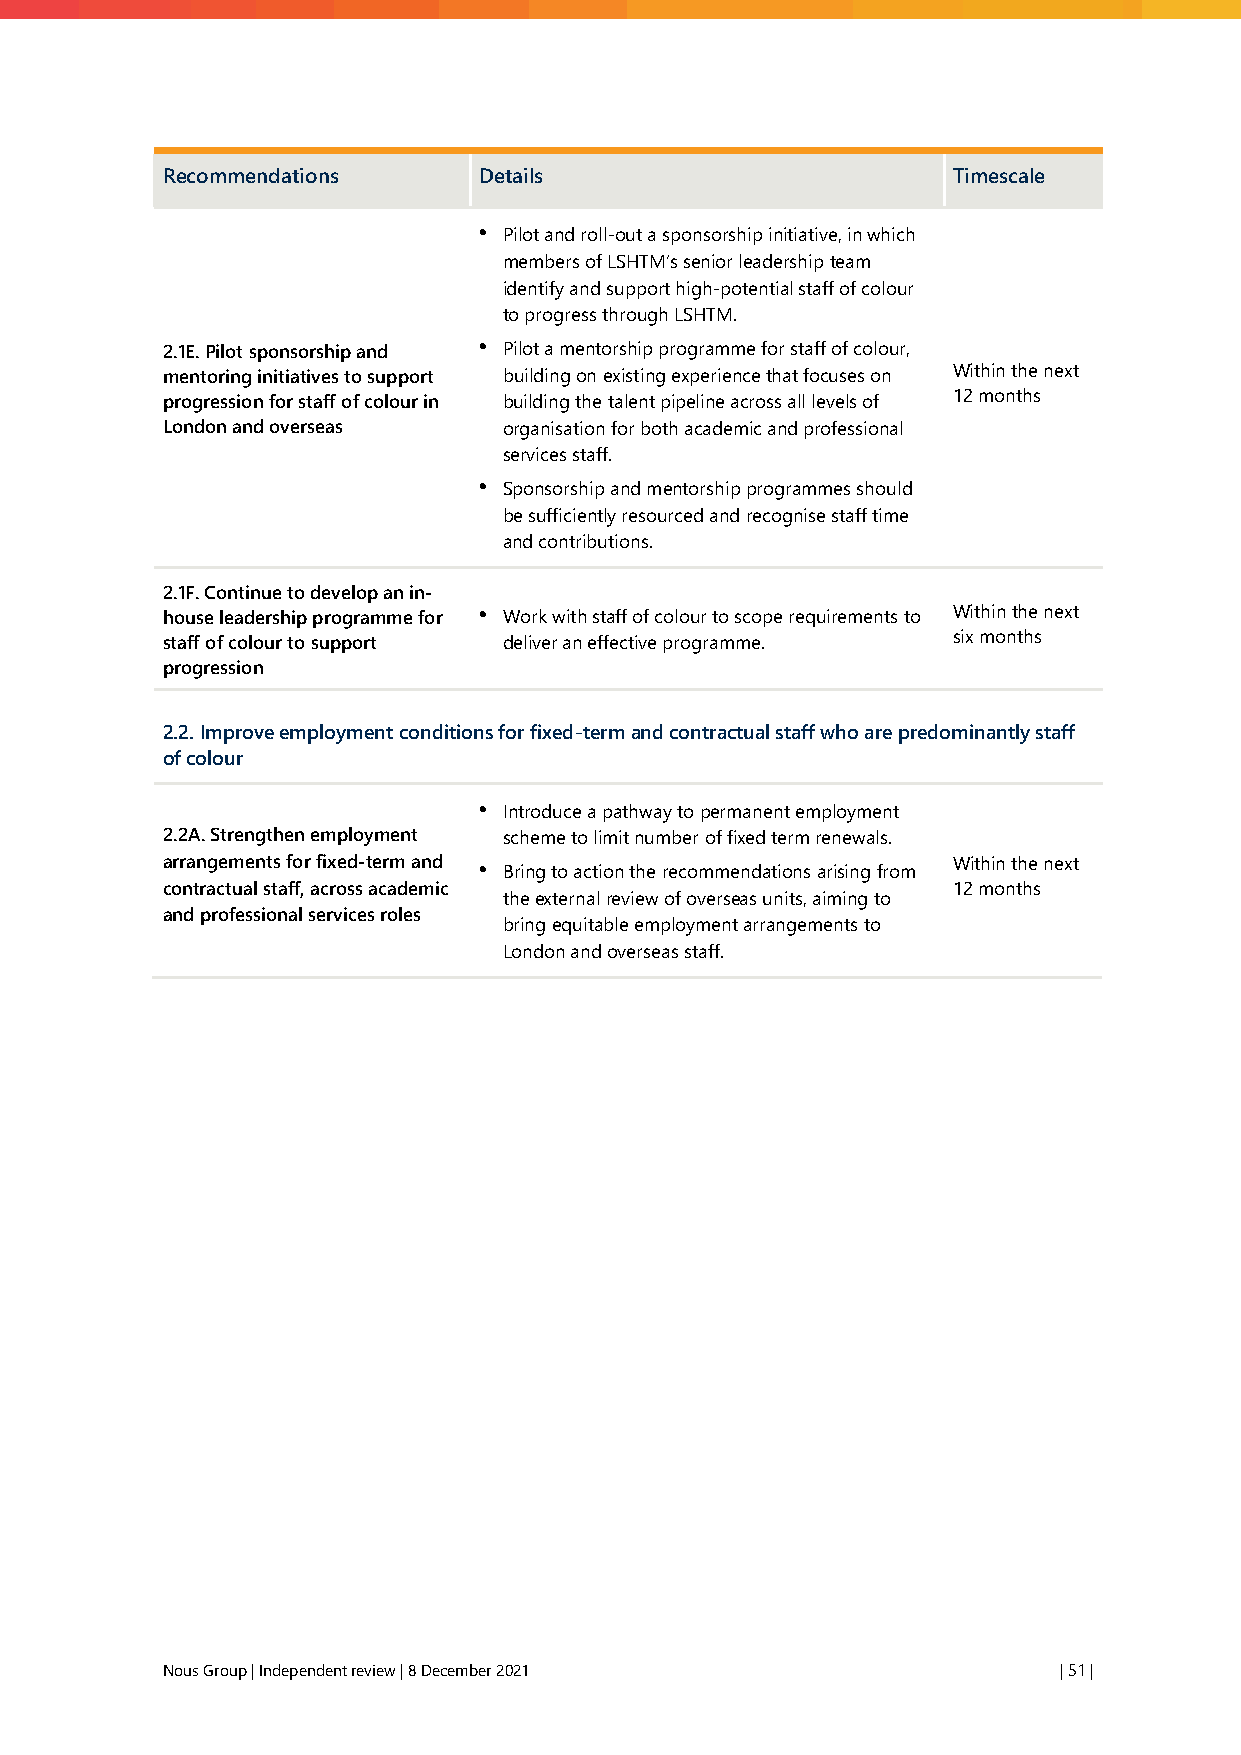
Recommendations      Details                        Timescale
 • Pilot and roll-out a sponsorship initiative, in which
 members of LSHTM’s senior leadership team
 identify and support high-potential staff of colour
 to progress through LSHTM.
 2.1E. Pilot sponsorship and • Pilot a mentorship programme for staff of colour,
 mentoring initiatives to support building on existing experience that focuses on Within the next
 progression for staff of colour in building the talent pipeline across all levels of 12 months
 London and overseas   organisation for both academic and professional
 services staff.
 • Sponsorship and mentorship programmes should
 be sufficiently resourced and recognise staff time
 and contributions.
 2.1F. Continue to develop an in-
 house leadership programme for • Work with staff of colour to scope requirements to Within the next
 staff of colour to support deliver an effective programme. six months
 progression
 2.2. Improve employment conditions for fixed-term and contractual staff who are predominantly staff
 of colour
 • Introduce a pathway to permanent employment
 2.2A. Strengthen employment scheme to limit number of fixed term renewals.
 arrangements for fixed-term and • Bring to action the recommendations arising from Within the next
 contractual staff, across academic                  12 months
 the external review of overseas units, aiming to
 and professional services roles
 bring equitable employment arrangements to
 London and overseas staff.
 Nous Group | Independent review | 8 December 2021          | 51 |